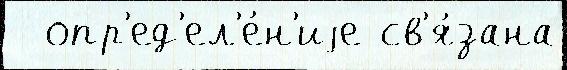
  опр'ед'ел'е́н'иjе св'я́зана